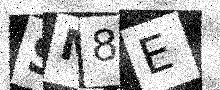
Text: SM8E